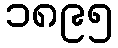
၁၈၉၅